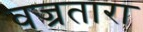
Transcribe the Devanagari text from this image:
वज्रतारा